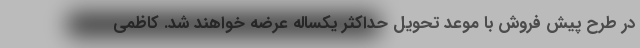
در طرح پیش فروش با موعد تحویل حداکثر یکساله عرضه خواهند شد. کاظمی